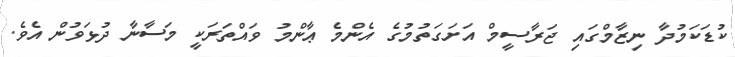
ކުޑަކަމުދާ ނިޒާމްގައި ޖަރާސީމް އަށަގަތުމުގެ އެންމެ ޢާންމު ވައްތަރަކީ މަސާނާ ދުޅަވުން އެވެ.